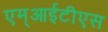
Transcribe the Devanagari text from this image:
एम्आईटीएस